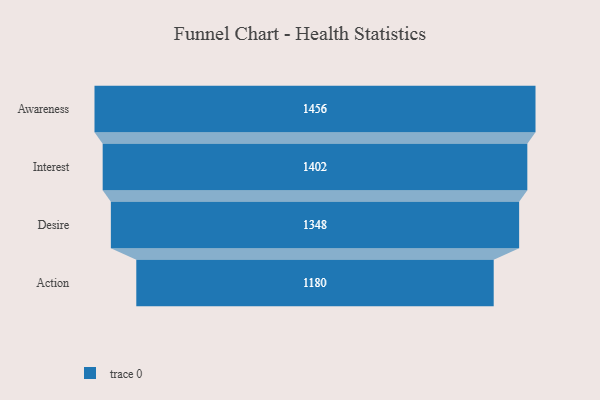
{"axis": {"x": "Stage", "y": "Value"}, "legend": [""], "data": [{"x": "Awareness", "y": 1456.0, "type": ""}, {"x": "Interest", "y": 1402.0, "type": ""}, {"x": "Desire", "y": 1348.0, "type": ""}, {"x": "Action", "y": 1180.0, "type": ""}]}